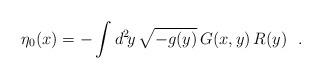
LaTeX: \begin{align*}\eta_0(x)=-\int d^2\!y\,\sqrt{-g(y)}\,G(x,y)\,R(y)\ \ .\end{align*}